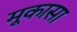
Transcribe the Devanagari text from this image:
मूकासा